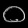
Digit: ၀